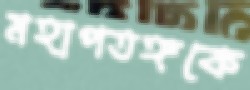
মহাপতঙ্গকে